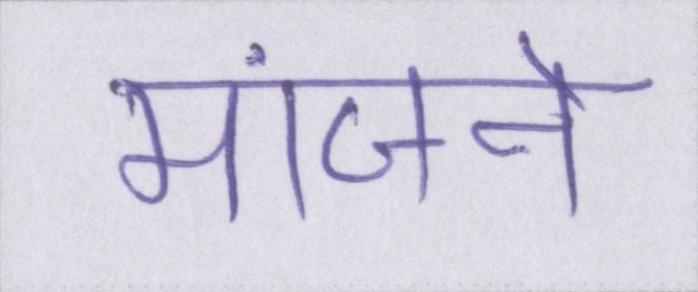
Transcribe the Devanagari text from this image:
मांजने